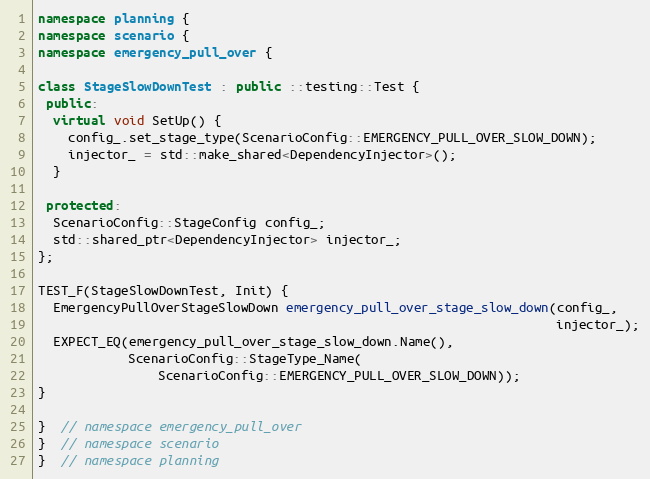
Language: C++
namespace planning {
namespace scenario {
namespace emergency_pull_over {

class StageSlowDownTest : public ::testing::Test {
 public:
  virtual void SetUp() {
    config_.set_stage_type(ScenarioConfig::EMERGENCY_PULL_OVER_SLOW_DOWN);
    injector_ = std::make_shared<DependencyInjector>();
  }

 protected:
  ScenarioConfig::StageConfig config_;
  std::shared_ptr<DependencyInjector> injector_;
};

TEST_F(StageSlowDownTest, Init) {
  EmergencyPullOverStageSlowDown emergency_pull_over_stage_slow_down(config_,
                                                                     injector_);
  EXPECT_EQ(emergency_pull_over_stage_slow_down.Name(),
            ScenarioConfig::StageType_Name(
                ScenarioConfig::EMERGENCY_PULL_OVER_SLOW_DOWN));
}

}  // namespace emergency_pull_over
}  // namespace scenario
}  // namespace planning